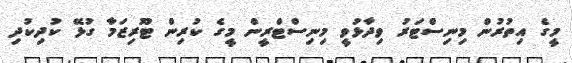
މީގެ އިތުރުން މިނިސްޓަރު ވިދާޅުވީ މިނިސްޓްރީން މީގެ ކުރިން ޓޫރިޒަމާ ގުޅޭ ކުދިކުދި